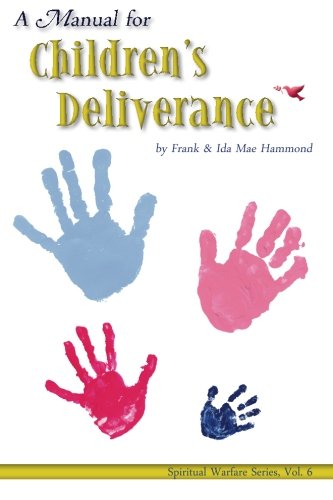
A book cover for Manual for Childrens Deliverance (Spiritual Warfare ); Frank Hammond; Christian Books & Bibles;